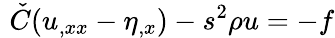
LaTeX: \, \, \check{C}(u_{,xx}-\eta_{,x})-s^{2}\rho u=-f